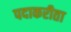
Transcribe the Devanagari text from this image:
पदाकरीता